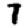
Digit: 7